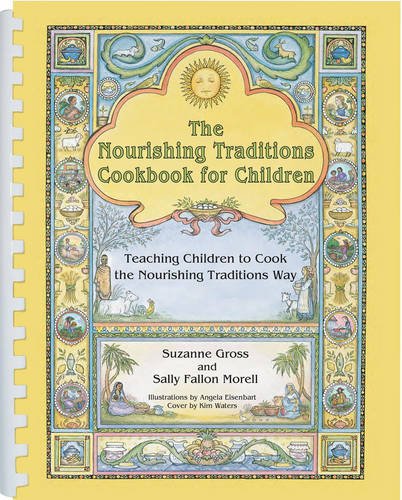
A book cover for The Nourishing Traditions Cookbook for Children: Teaching Children to Cook the Nourishing Traditions Way; Suzanne Gross; Children's Books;